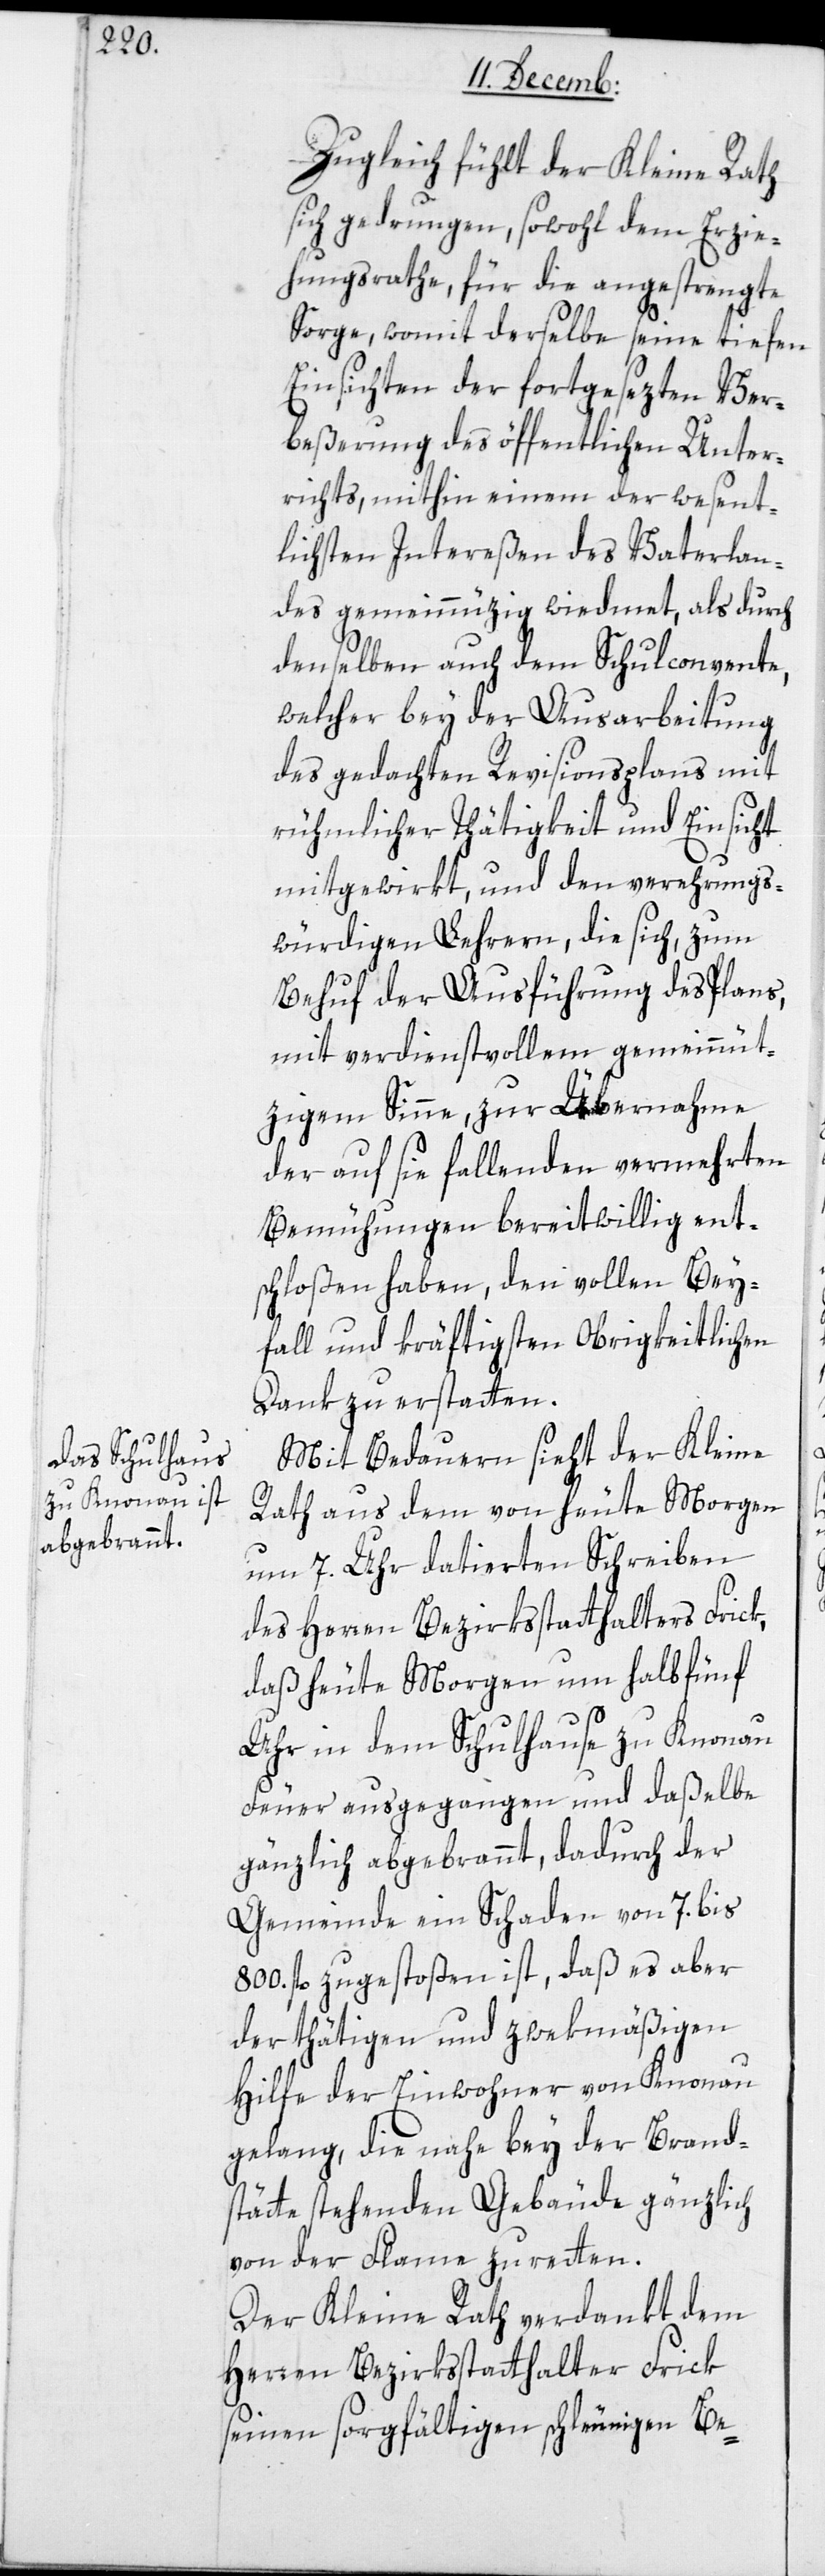
Zugleich fühlt der Kleine Rath
sich gedrungen, sowohl dem Erzie¬
hungsrathe für die angestrengte
Sorge, womit derselbe seine tiefen
Einsichten der fortgesezten Ver¬
beßerung des öffentlichen Unter¬
richts, mithin einem der wesent¬
lichsten Intereßen des Vaterlan¬
des gemeinnüzig widmet, als durch
denselben auch dem Schulconvente,
welcher bey der Ausarbeitung
des gedachten Revisionsplans mit
rühmlicher Thätigkeit und Einsicht
mitgewirkt, und den verehrungs¬
würdigen Lehrern, die sich zum
Behuf der Ausführung des Plans,
mit verdienstvollem gemeinnüt¬
zigem Sinne, zur Übernahme
der auf sie fallenden vermehrten
Bemühungen bereitwillig ent¬
schloßen haben, den vollen Bei¬
fall und kräftigsten Obrigkeitlichen
Dank zu erstatten.
Mit Bedauern sieht der Kleine
Rath aus dem von heute Morgen
um 7. Uhr datierten Schreiben
des Herren Bezirksstatthalters Frick,
daß heute Morgen um halbfünf
Uhr in dem Schulhause zu Knonau
Feuer ausgegangen und daßelbe
gänzlich abgebrannt, dadurch der
Gemeinde ein Schaden von 7. bis
800. fl. zugestoßen ist, daß es aber
der thätigen und zwekmäßigen
Hilfe der Einwohner von Knonau
gelang, die nahe bey der Brand¬
stätte stehenden Gebäude gänzlich
von der Flame zu retten.
Der Kleine Rath verdankt dem
Herren Bezirksstatthalter Frik
seinen sorgfältigen schleunigen Be-